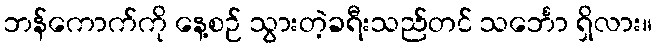
ဘန်ကောက်ကို နေ့စဉ် သွားတဲ့ခရီးသည်တင် သင်္ဘော ရှိလား။